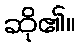
ဆို၏။